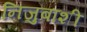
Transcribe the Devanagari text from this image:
निजुबाशी